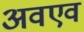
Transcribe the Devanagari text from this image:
अवएव